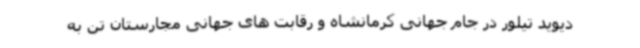
دیوید تیلور در جام جهانی کرمانشاه و رقابت های جهانی مجارستان تن به